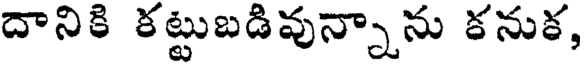
దానికి కట్టుబడివున్నాను కనుక,